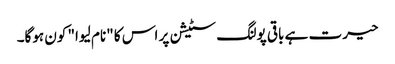
حیرت ہے باقی پولنگ سٹیشن پر اس کا "نام لیوا" کون ہوگا۔